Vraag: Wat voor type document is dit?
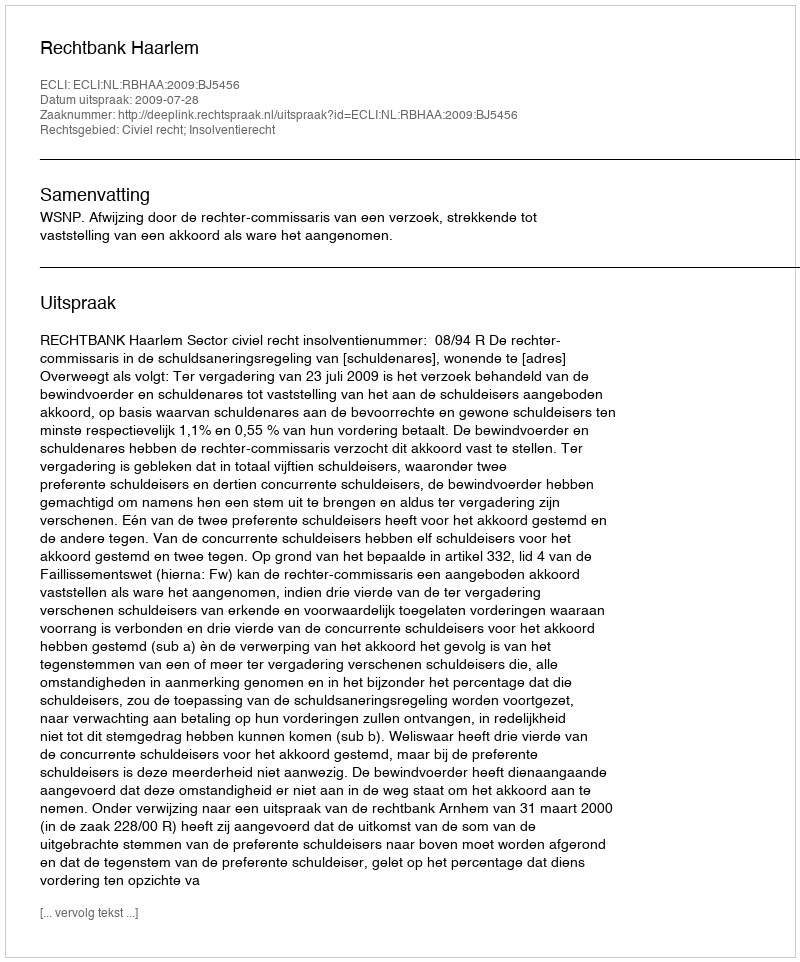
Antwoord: Uitspraak